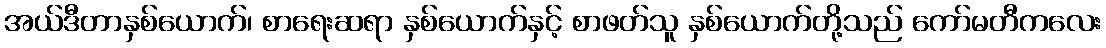
အယ်ဒီတာနှစ်ယောက်၊ စာရေးဆရာ နှစ်ယောက်နှင့် စာဖတ်သူ နှစ်ယောက်တို့သည် ကော်မတီကလေး